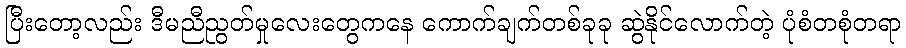
ပြီးတော့လည်း ဒီမညီညွတ်မှုလေးတွေကနေ ကောက်ချက်တစ်ခုခု ဆွဲနိုင်လောက်တဲ့ ပုံစံတစုံတရာ